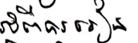
អំពីការរៀន